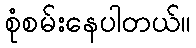
စုံစမ်းနေပါတယ်။